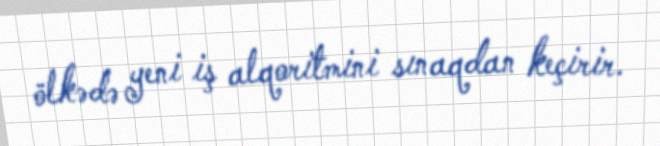
ölkədə yeni iş alqoritmini sınaqdan keçirir.